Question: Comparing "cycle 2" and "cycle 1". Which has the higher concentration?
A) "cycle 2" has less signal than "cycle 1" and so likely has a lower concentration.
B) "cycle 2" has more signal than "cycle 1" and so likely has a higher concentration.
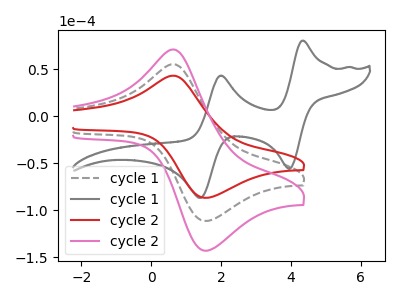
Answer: <think>The gray dashed curve "cycle 1" has an anodic peak at (0.65V, 55.25uA) and a cathodic peak at (1.60V, -111.40uA). The gray curve "cycle 1" has anodic peaks at (4.30V, 80.25uA) (2.00V, 43.20uA) and cathodic peaks at (3.95V, -55.90uA) (1.40V, -86.80uA). The red curve "cycle 2" has an anodic peak at (0.65V, 43.05uA) and a cathodic peak at (1.60V, -86.80uA). The pink curve "cycle 2" has an anodic peak at (0.65V, 110.50uA) and a cathodic peak at (1.60V, -222.85uA).
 All the peaks in "cycle 2" have a peak in "cycle 1" at the same potential. Every peak in "cycle 2" is lower than every peak in "cycle 1".</think>
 <answer>A) "cycle 2" has less signal than "cycle 1" and so likely has a lower concentration.</answer>
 <eval>A</eval>